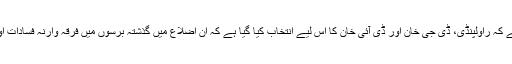
رپورٹ میں بتایا گیا ہے کہ راولپنڈی، ڈی جی خان اور ڈی آئی خان کا اس لیے انتخاب کیا گیا ہے کہ ان اضلاع میں گذشتہ برسوں میں فرقہ وارنہ فسادات اور حملے ہو چکے ہیں۔